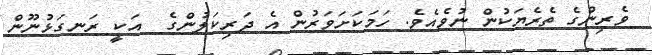
ވެރިންގެ ތެރެޔަކުން ނުވެއެވެ. ހަމަކަށަވަރުން އެ ދަރިކަލުންގެ  އަކީ ރަނގަޅުނޫން